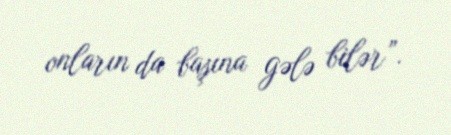
onların da başına gələ bilər”.